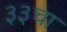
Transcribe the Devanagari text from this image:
३३चा